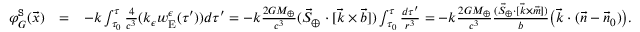
\begin{array} { r l r } { \varphi _ { G } ^ { \tt S } ( \vec { x } ) } & { = } & { - k \int _ { \tau _ { 0 } } ^ { \tau } \frac { 4 } { c ^ { 3 } } ( k _ { \epsilon } w _ { \mathrm { E } } ^ { \epsilon } ( \tau ^ { \prime } ) ) d \tau ^ { \prime } = - k \frac { 2 G M _ { \oplus } } { c ^ { 3 } } ( { \vec { S } } _ { \oplus } \cdot [ { \vec { k } } \times \vec { b } ] ) \int _ { \tau _ { 0 } } ^ { \tau } \frac { d \tau ^ { \prime } } { r ^ { 3 } } = - k \frac { 2 G M _ { \oplus } } { c ^ { 3 } } \frac { ( { \vec { S } } _ { \oplus } \cdot [ { \vec { k } } \times \vec { m } ] ) } { b } \big ( \vec { k } \cdot ( \vec { n } - \vec { n } _ { 0 } ) \big ) . ~ ~ ~ ~ ~ ~ } \end{array}